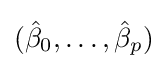
({\hat {\beta }}_{0},\ldots ,{\hat {\beta }}_{p})